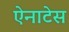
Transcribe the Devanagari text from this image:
ऐनाटेस